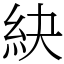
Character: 䊽